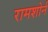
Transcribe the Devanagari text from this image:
रामशोर्न